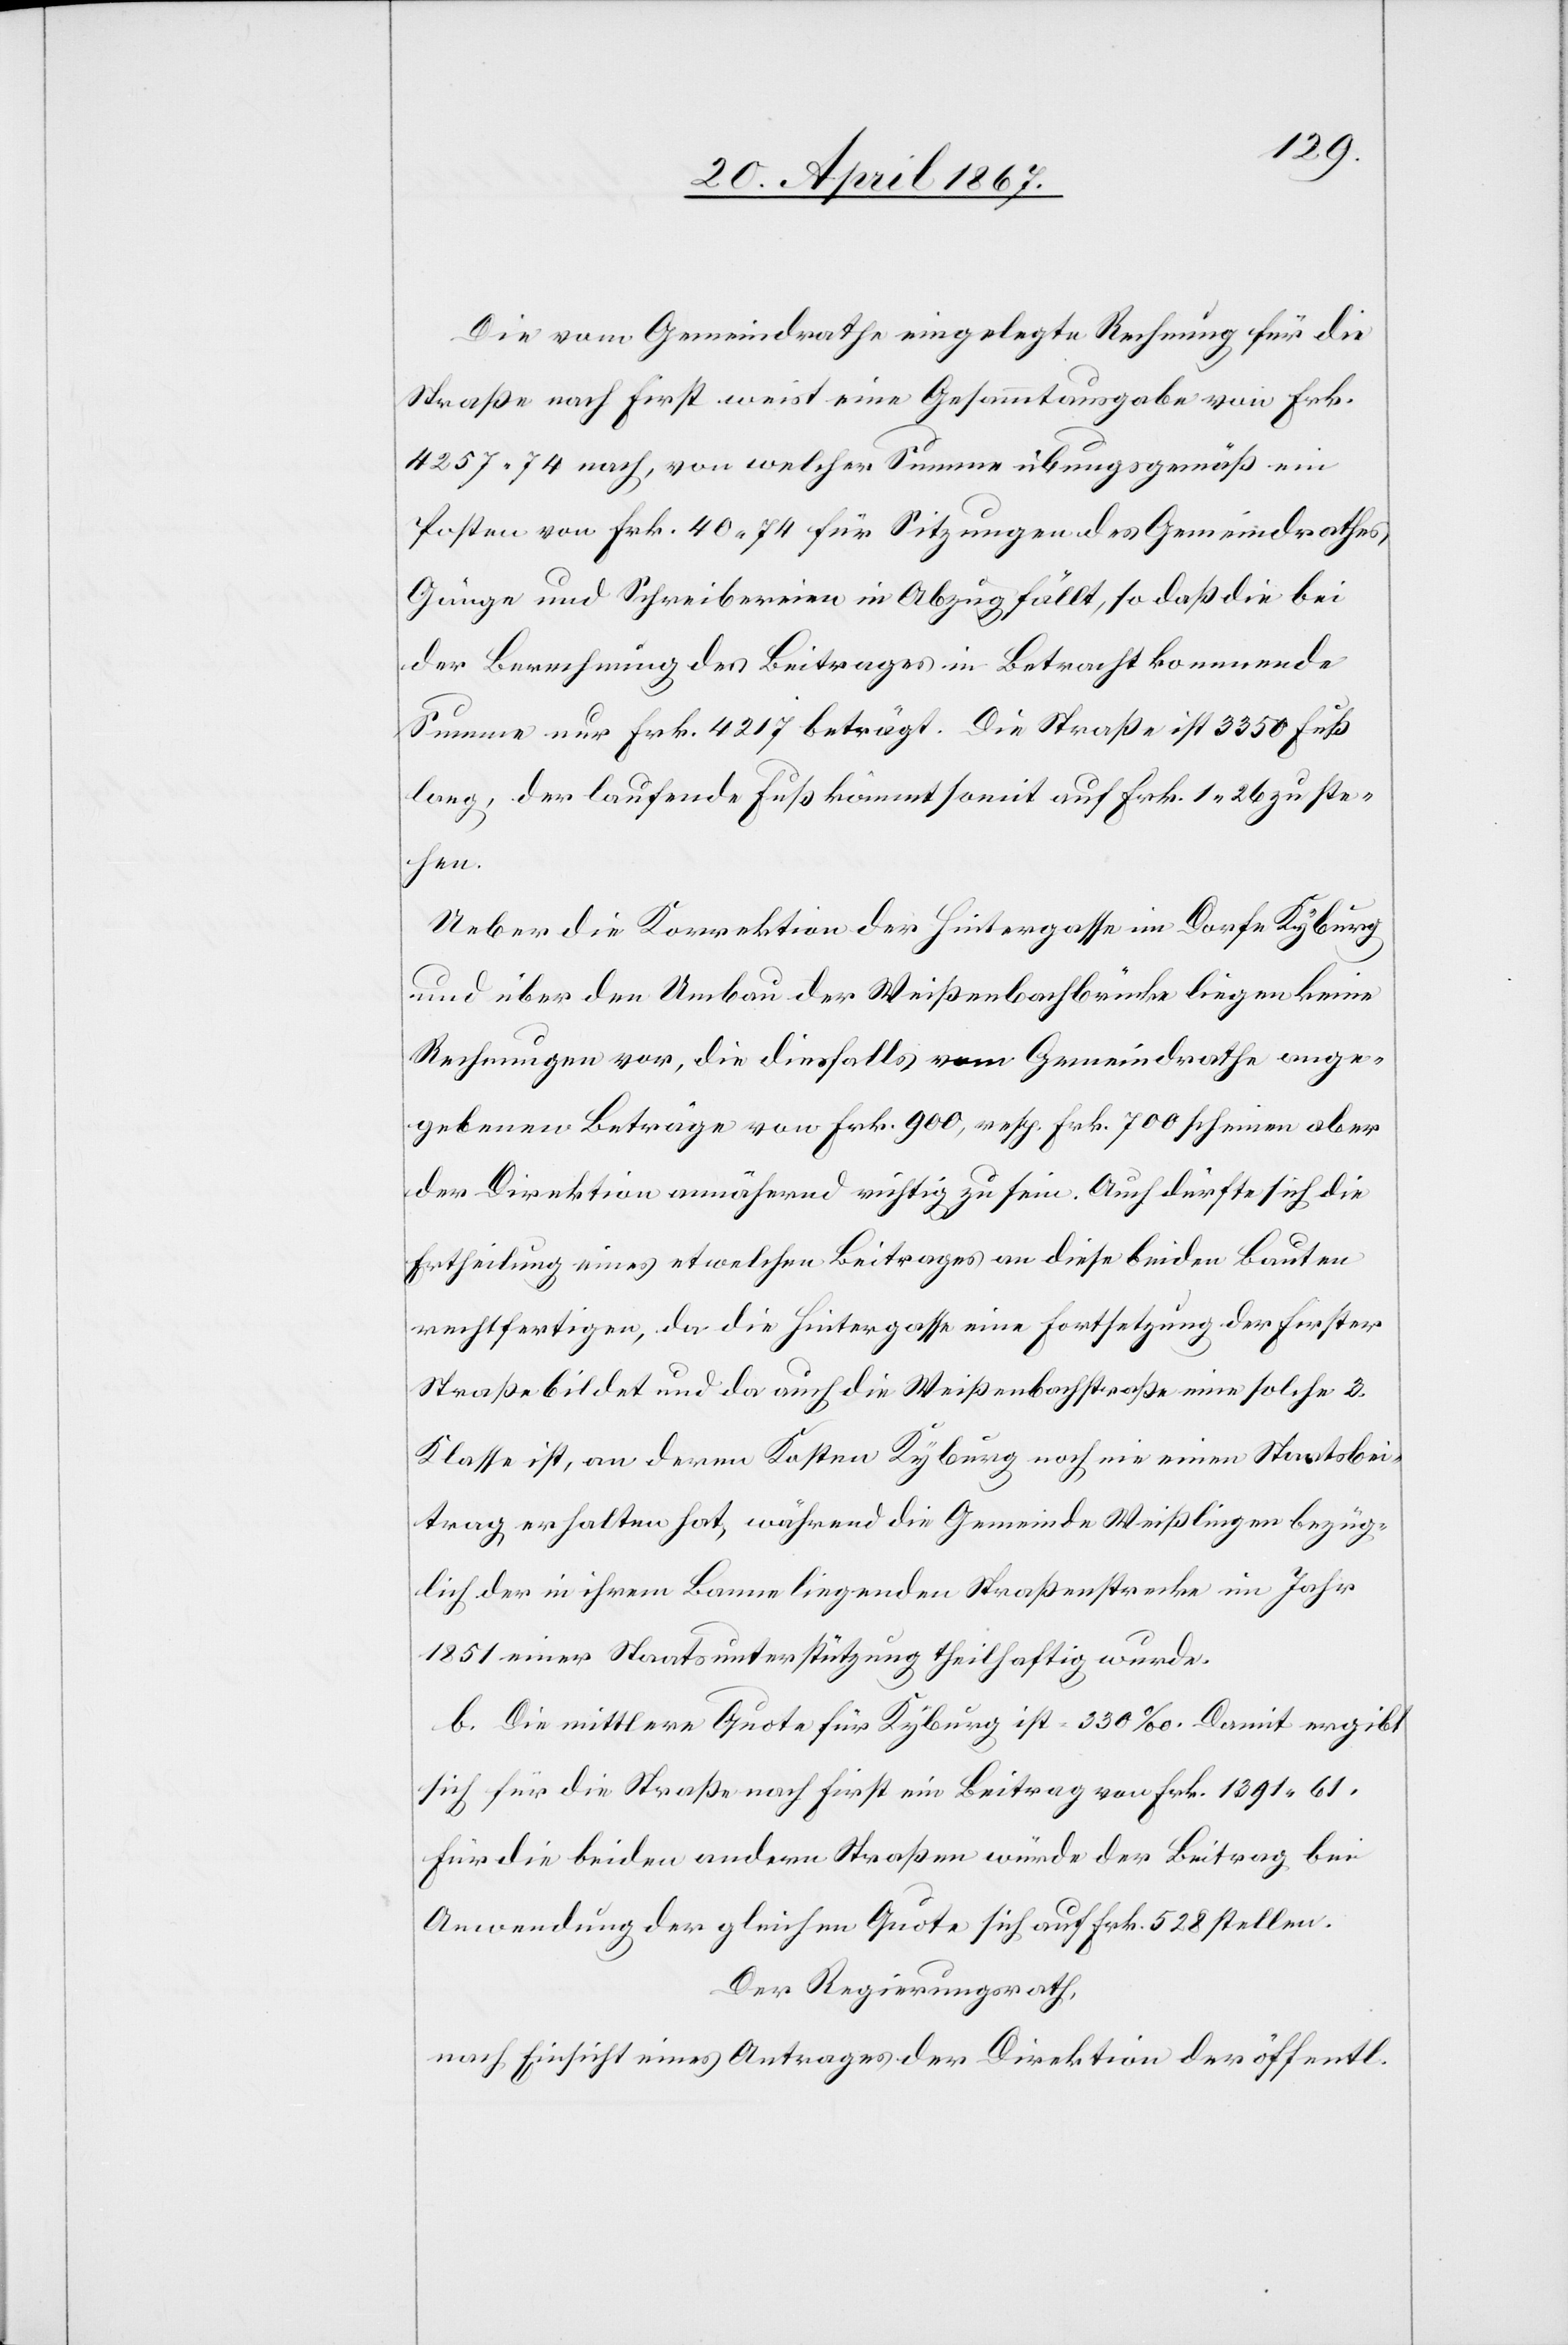
Die vom Gemeindrathe eingelegte Rechnung für die
Straße nach First weise eine Gesammtausgabe von Frk.
4257.74 nach, von welcher Summe übungsgemäß ein
Posten von Frk. 40,74 für Sitzungen des Gemeindrathes,
Gänge und Schreibereien in Abzug fällt, so daß die bei
der Berechnung des Beitrages in Betracht kommende
Summe nur Frk. 4217 beträgt. Die Straße ist 3350 Fuß
lang, der laufende Fuß kömmt somit auf Frk. 1,26 zu ste¬
hen.
Ueber die Korrektion der Hintergasse im Dorfe Kyburg
und über den Umbau der Weißenbachbrücke liegen keine
Rechnungen vor, die diesfalls vom Gemeindrathe ange¬
gebenen Beträge von Frk. 900, resp. Frk. 700 scheinen aber
der Direktion annähernd richtig zu sein. Auch dürfte sich die
Ertheilung eines etwelchen Beitrages an diese beiden Bauten
rechtfertigen, da die Hintergasse eine Fortsetzung der Firster
Straße bildet und da auch die Weißenbachstraße eine solche 3.
Klasse, ist an deren Kosten Kyburg noch nie einen Staatsbei¬
trag erhalten hat, während die Gemeinde Weißlingen bezüg¬
lich der in ihrem Banne liegenden Straßenstrecke im Jahr
1851 einer Staatsunterstützung theilhaftig wurde.
b. Die mittlere Quote für Kyburg ist 330‰. Damit ergibt
sich für die Straße nach First ein Beitrag von Frk. 1391,61.
Für die beiden andern Straßen würde der Beitrag bei
Anwendung der gleichen Quote sich auf Frk. 528 stellen.
Der Regierungsrath,
nach Einsicht eines Antrages der Direktion der öffentl.